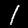
Digit: 1